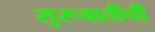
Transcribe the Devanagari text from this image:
सुरूवातीची